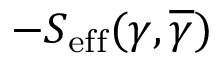
- S _ { \mathrm { { e f f } } } ( \gamma , \overline { { \gamma } } )